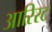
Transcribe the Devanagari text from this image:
आरिरट